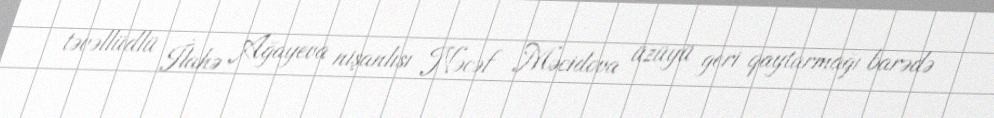
təvəllüdlü İlahə Ağayeva nişanlısı Nəcəf Məcidova üzüyü geri qaytarmağı barədə